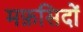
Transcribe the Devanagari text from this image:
मफ़सिदों